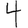
Digit: 4